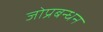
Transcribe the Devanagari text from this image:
जोप्रबन्धन